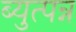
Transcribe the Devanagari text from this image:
ब्युत्पन्न